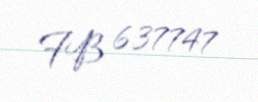
FB 637747